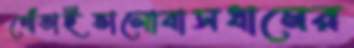
গোঁতাইভালোবাসধামের